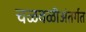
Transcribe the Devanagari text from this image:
चळवळीअंतर्गत